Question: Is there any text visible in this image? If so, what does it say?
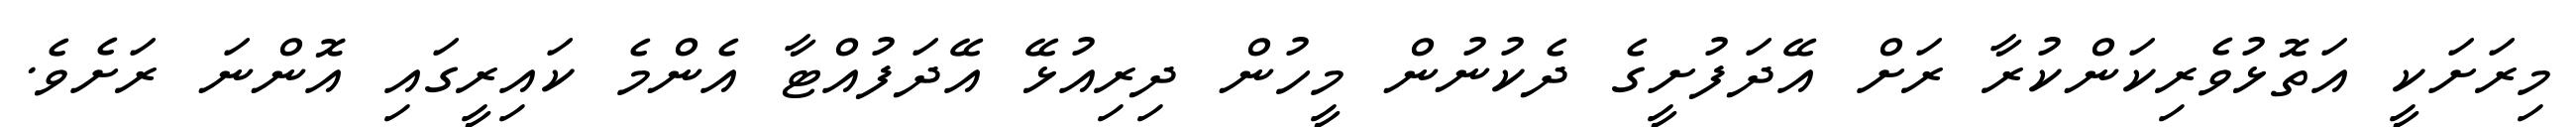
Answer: މިރަށަކީ އަތޮޅުވެރިކަންކުރާ ރަށް އޭދަފުށީގެ ދެކުނުން މީހުން ދިރިއުޅޭ އޭދަފުއްޓާ އެންމެ ކައިރީގައި އޮންނަ ރަށެވެ.